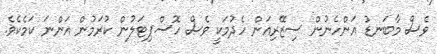
ވެސް މާބަނޑު އަންހެނުން ސިޒޭރިއަން ހެދުމަކީ ވެސް ހޮސްޕިޓަލުން ކުރަމުން އަންނަ ކަމެކެވެ.